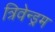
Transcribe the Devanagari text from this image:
त्रिवेन्ड्रम